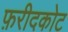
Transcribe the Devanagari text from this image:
फ़रीदकोट